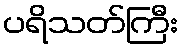
ပရိသတ်ကြီး